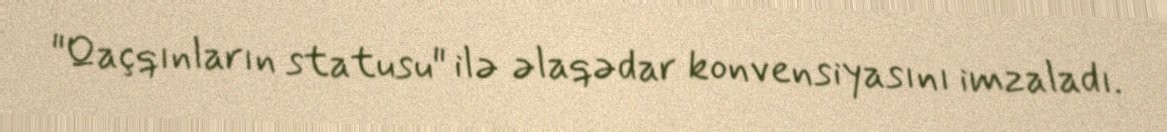
"Qaçqınların statusu" ilə əlaqədar konvensiyasını imzaladı.